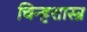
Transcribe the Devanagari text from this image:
चिन्हशास्त्र